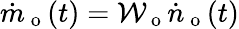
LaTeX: \dot{m}_{\mathrm{~o~}}(t)=\mathcal{W}_{\mathrm{~o~}}\dot{n}_{\mathrm{~o~}}(t)